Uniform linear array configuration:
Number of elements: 12
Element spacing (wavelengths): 0.25
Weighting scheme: hamming
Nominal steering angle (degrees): -30
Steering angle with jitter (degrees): -30.178
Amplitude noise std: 0.05
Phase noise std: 0.05

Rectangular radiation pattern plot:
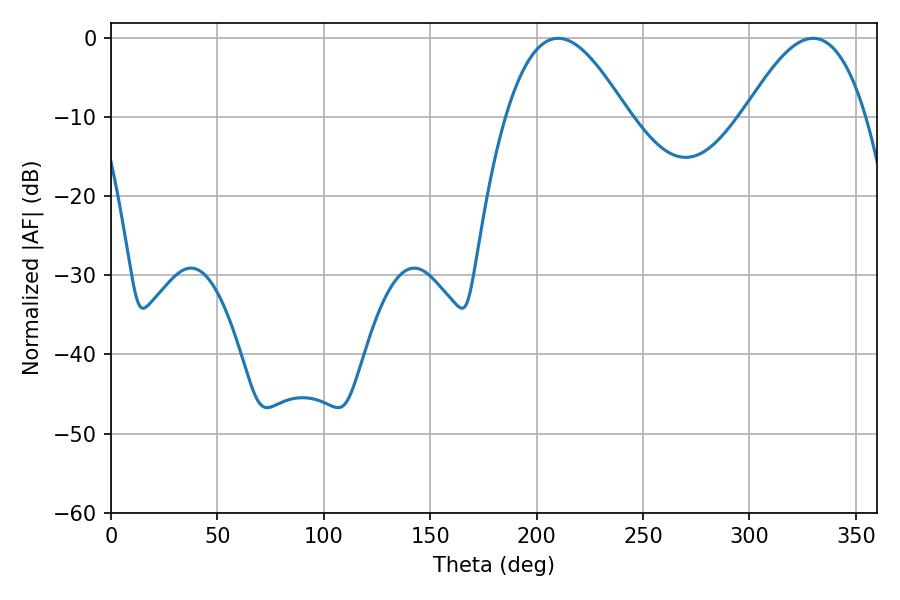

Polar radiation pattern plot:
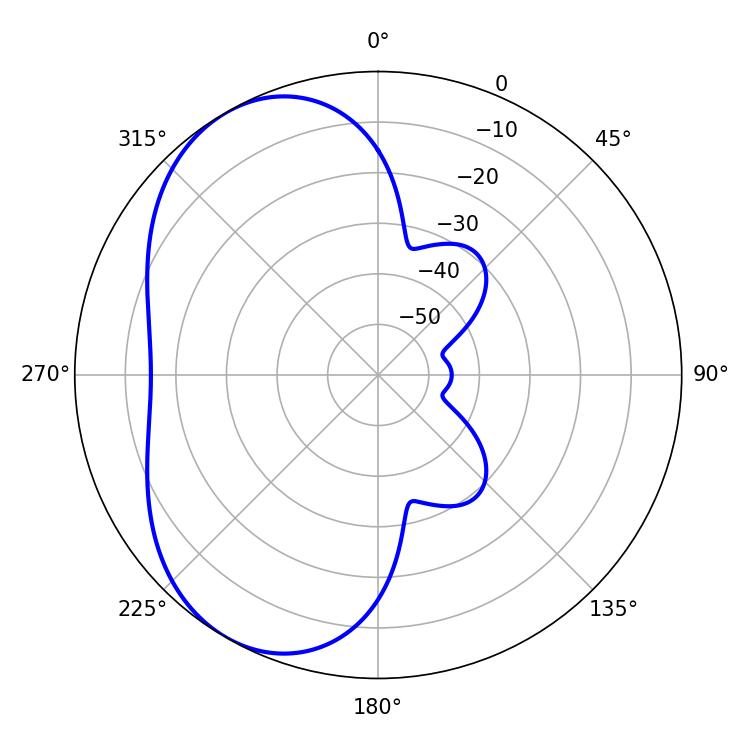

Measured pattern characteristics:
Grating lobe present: FALSE
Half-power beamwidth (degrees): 31.14
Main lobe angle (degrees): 210.06